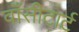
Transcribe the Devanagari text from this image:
वाँसीटार्ट